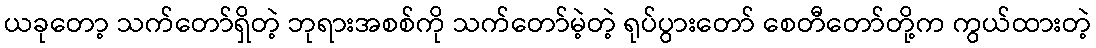
ယခုတော့ သက်တော်ရှိတဲ့ ဘုရားအစစ်ကို သက်တော်မဲ့တဲ့ ရုပ်ပွားတော် စေတီတော်တို့က ကွယ်ထားတဲ့